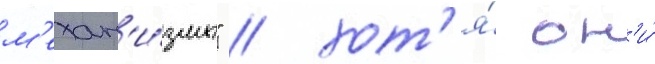
м'ехан'и́змы" / хот'я́ он'и́